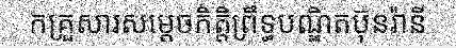
កគ្រួសារសម្តេចកិត្តិព្រឹទ្ធបណ្ឌិតប៊ុនរ៉ានី